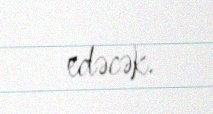
edəcək.